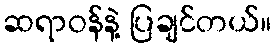
ဆရာဝန်နဲ့ ပြချင်တယ်။